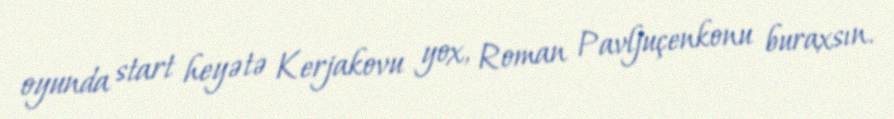
oyunda start heyətə Kerjakovu yox, Roman Pavljuçenkonu buraxsın.